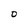
Character: O